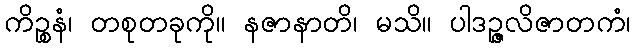
ကိဉ္စနံ၊ တစုတခုကို။ နဇာနာတိ၊ မသိ။ ပါဒဉ္ဇလိဇာတကံ၊